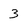
Character: 3